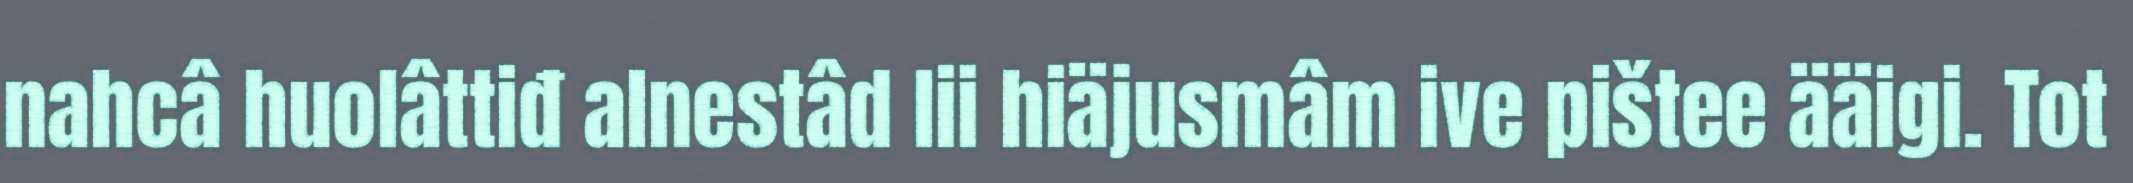
nahcâ huolâttiđ alnestâd lii hiäjusmâm ive pištee ääigi. Tot